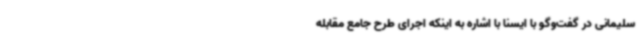
سلیمانی در گفت‌وگو با ایسنا با اشاره به اینکه اجرای طرح جامع مقابله